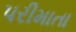
પરીમાતા